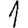
Digit: 1